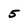
Character: 5